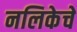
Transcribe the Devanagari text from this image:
नलिकेचे